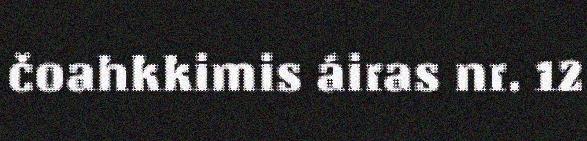
čoahkkimis áiras nr. 12